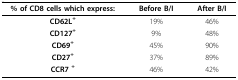
| % of CD8 cells which express: | Before B/I | After B/I |
 | --- | --- | --- |
 | CD62L+ | 19% | 46% |
 | CD127+ | 9% | 48% |
 | CD69+ | 45% | 90% |
 | CD27+ | 37% | 89% |
 | CCR7 + | 46% | 42% |